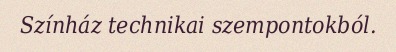
Színház technikai szempontokból.